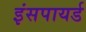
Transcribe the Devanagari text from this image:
इंसपायर्ड